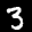
Label: 3